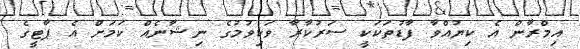
އިމްރާން އެ ކިޔުއްވާ ފާޑުތަކަކީ ސަރުކާރާ ވަކިވުމުގެ ނިޝާނެއް ކަމަށް އެ ޕާޓީގެ